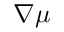
\nabla \mu